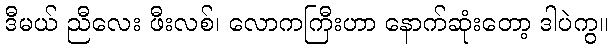
ဒီမယ် ညီလေး ဖီးလစ်၊ လောကကြီးဟာ နောက်ဆုံးတော့ ဒါပဲကွ။